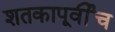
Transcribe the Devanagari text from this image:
शतकापूर्वीच